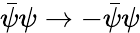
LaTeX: \bar{\psi}\psi\to-\bar{\psi}\psi